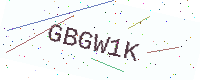
Text: GBGW1K